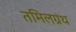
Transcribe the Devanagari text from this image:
तमिलग्रंथ